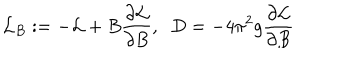
LaTeX: { \cal L } _ { B } : = - { \cal L } + B \frac { \partial { \cal L } } { \partial B } , \; \; D = - 4 \pi ^ { 2 } g \frac { \partial { \cal L } } { \partial B }